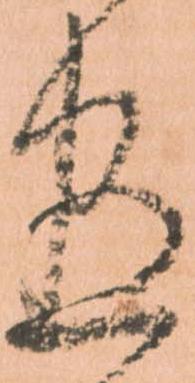
盡